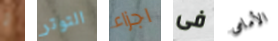
و التوتر اجزاء فى الأمامى